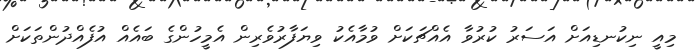
މިއީ ނިކުނޑިއަށް އަސަރު ކުރުވާ އެއްޗަކަށް ވުމާއެކު ވިޔަފާރުވެރިން އެމީހުންގެ ބައެއް އުފެއްދުންތަކަށް